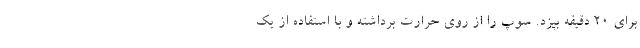
برای 20 دقیقه بپزد. سوپ را از روی حرارت برداشته و با استفاده از یک